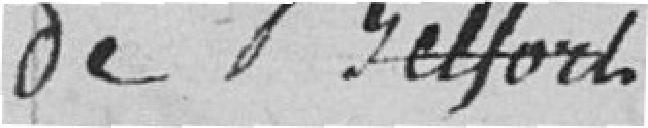
de Belfort .